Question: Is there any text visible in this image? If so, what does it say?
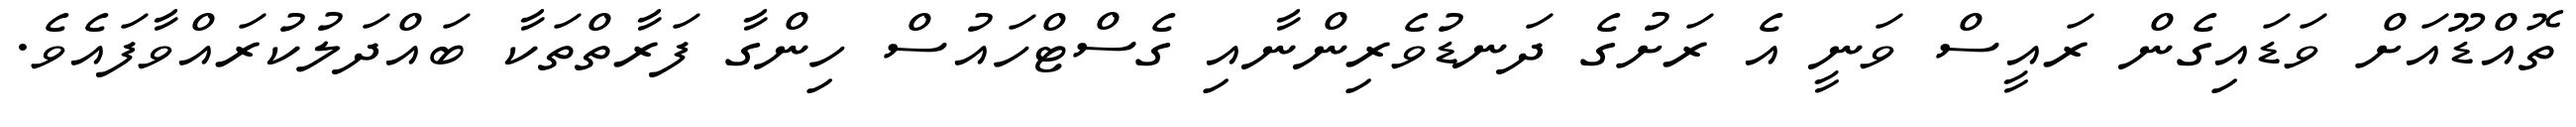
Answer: ތޮއްޑޫއަށް ވަޑައިގެން ރައީސް ވަނީ އެ ރަށުގެ ދަނޑުވެރިންނާއި ގެސްޓްހައުސް ހިންގާ ފަރާތްތަކާ ބައްދަލުކުރައްވާފައެވެ.